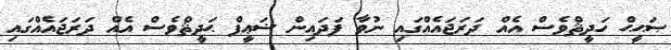
ޞަޙީޙް ހަދީޘްވެސް އެއް ދަރަޖައެއްގައި ނުވާ ފަދައިން ޟަޢީފް ޙަދީޘްވެސް އެއް ދަރަޖައެއްގައި